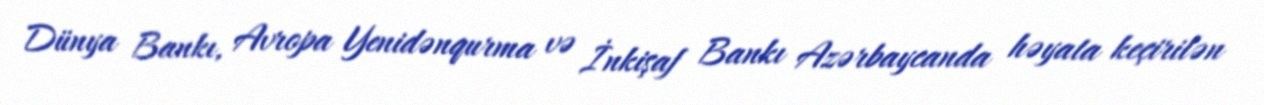
Dünya Bankı, Avropa Yenidənqurma və İnkişaf Bankı Azərbaycanda həyata keçirilən